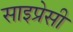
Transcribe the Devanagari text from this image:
साइप्रेसी